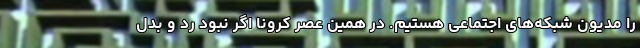
را مدیون شبکه‌های اجتماعی هستیم. در همین عصر کرونا اگر نبود رد و بدل